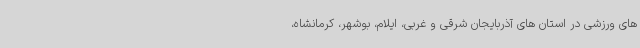
های ورزشی در استان های آذربایجان شرقی و غربی، ایلام، بوشهر، کرمانشاه،